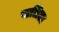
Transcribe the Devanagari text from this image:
पालिला